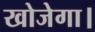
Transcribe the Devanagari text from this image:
खोजेगा।